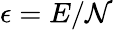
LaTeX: \epsilon=E/\mathcal{N}